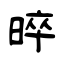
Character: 晬